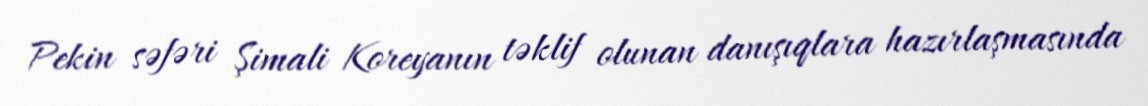
Pekin səfəri Şimali Koreyanın təklif olunan danışıqlara hazırlaşmasında